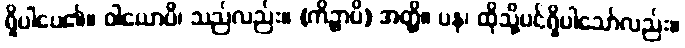
ရှိပါပေ၏။ ဝါယောပိ၊ သည်လည်း။ (ကိဉ္စာပိ) အတ္ထိ။ ပန၊ ထိုသို့ပင်ရှိပါသော်လည်း။